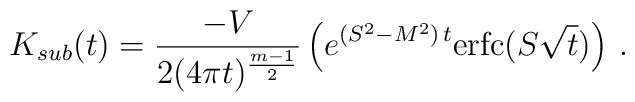
K_{sub}(t)=\frac {-V}{2(4\pi t)^{\frac{m-1}2}} \left(e^{(S^2-M^2)\,t} {\rm erfc} (S\sqrt t )\right)\,.